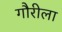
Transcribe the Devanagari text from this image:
गौरीला